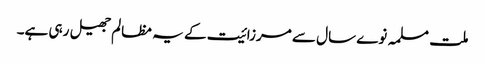
ملت مسلمہ نوے سال سے مرزائیت کے یہ مظالم جھیل رہی ہے۔